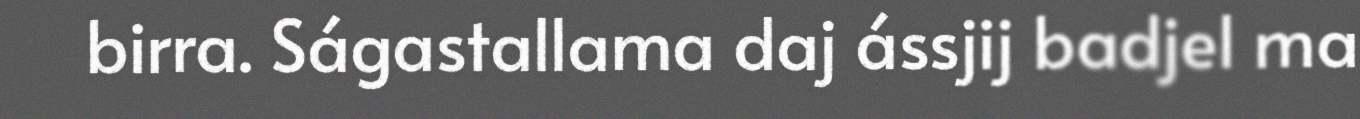
birra. Ságastallama daj ássjij badjel ma